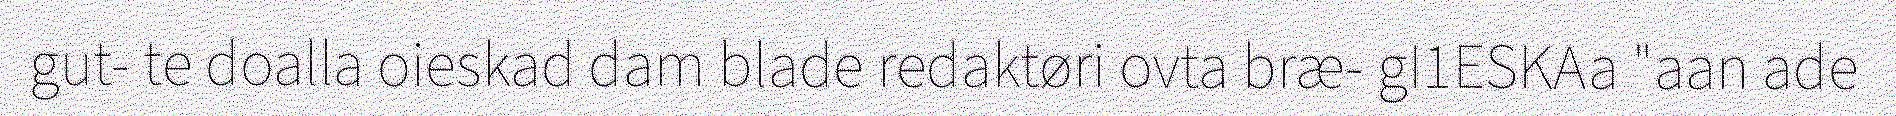
gut- te doalla oieskad dam blade redaktøri ovta bræ- gI1ESKAa "aan ade